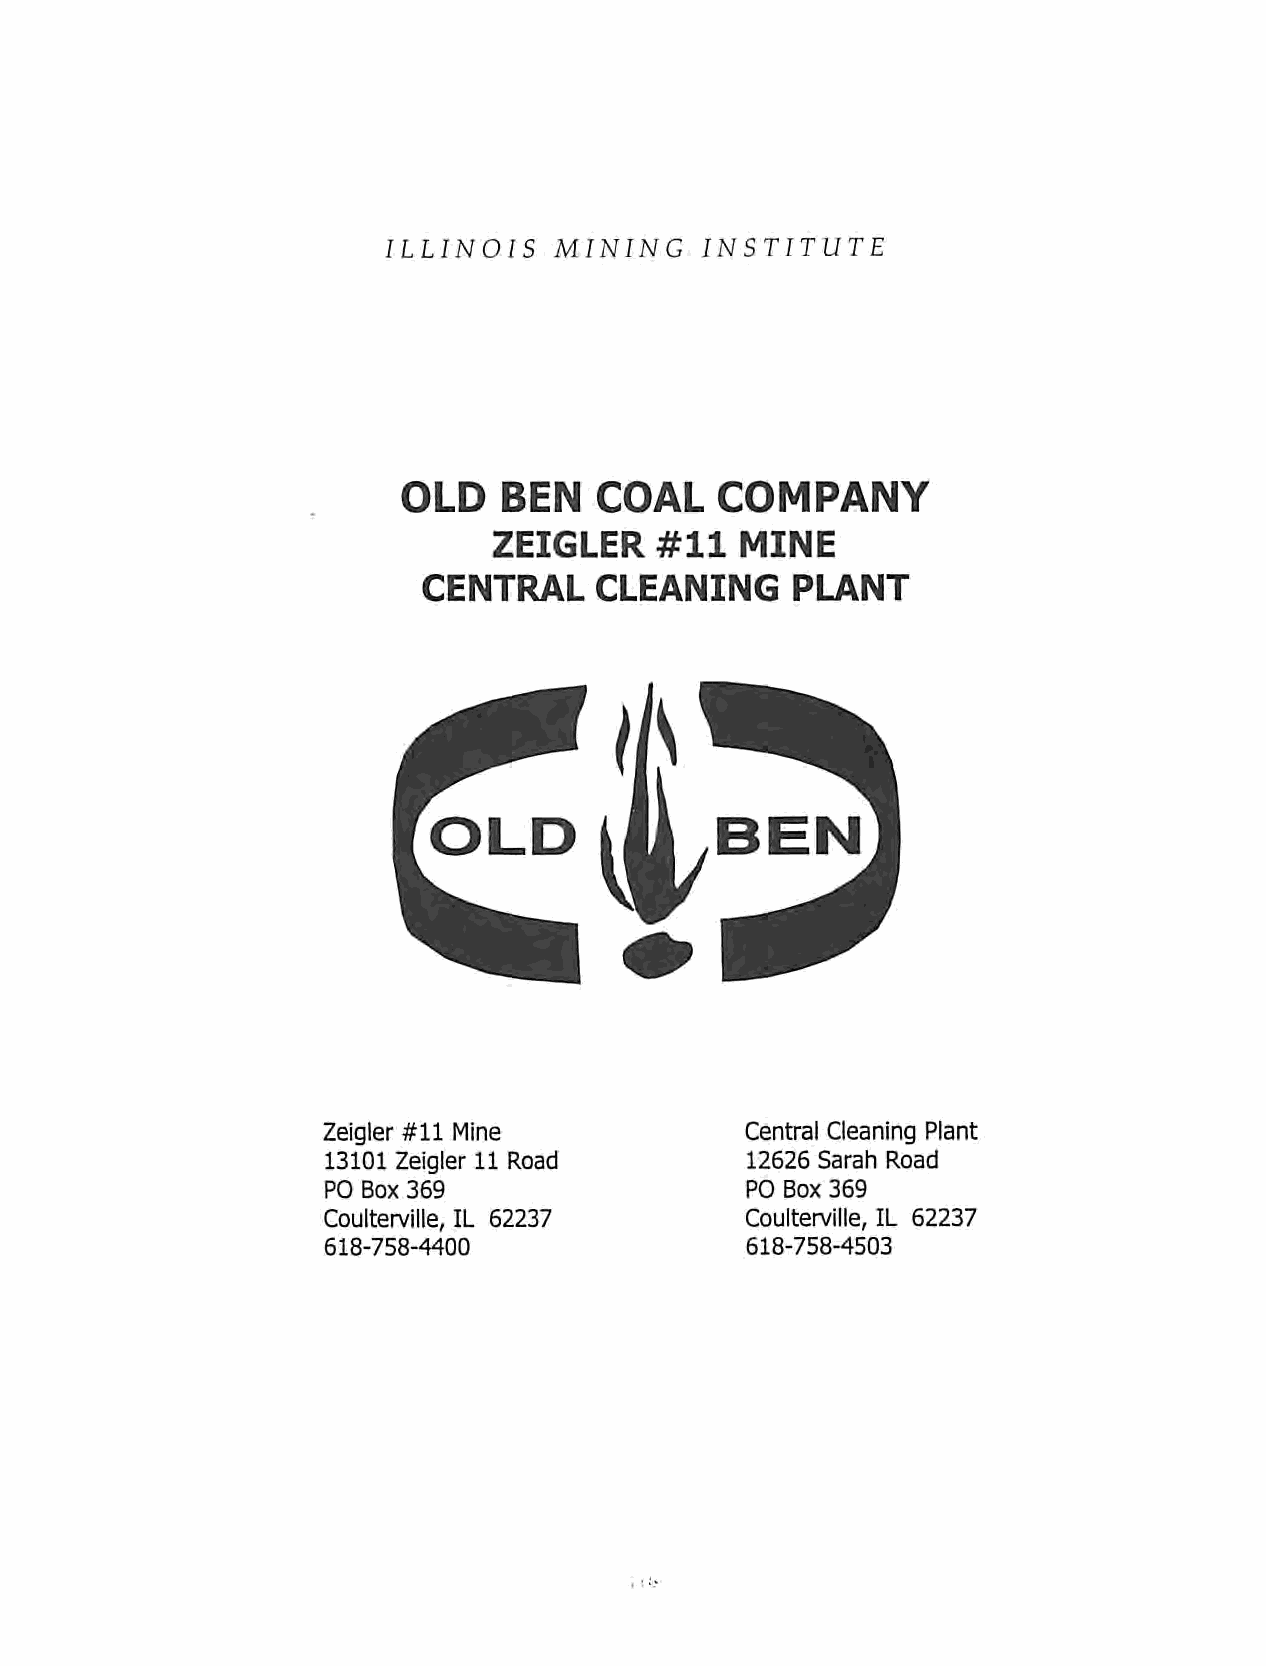
ILLINOIS    MINING    INSTITUTE
 OLD   BEN   COAL    COMPANY
 ZEIGLER#11MINE
 CENTRAL    CLEANING      PLANT
 Zeigler #11 Mine            Central Cleaning Plant
 13101 Zeigler 11 Road       12626 Sarah Road
 PO Box 369                 PO Box 369
 Coulterville, IL 62237      Coulterville, IL 62237
 618-758-4400                618-758-4503